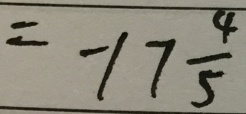
= - 1 7 \frac { 4 } { 5 }